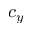
c _ { y }